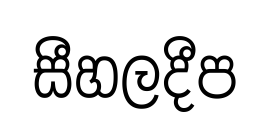
සීහලදීප